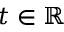
t \in \mathbb R